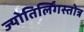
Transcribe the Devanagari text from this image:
ज्योतिर्लिंगस्तोत्र